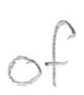
Text: of
Cross-out: clean
Writing tool: pencil